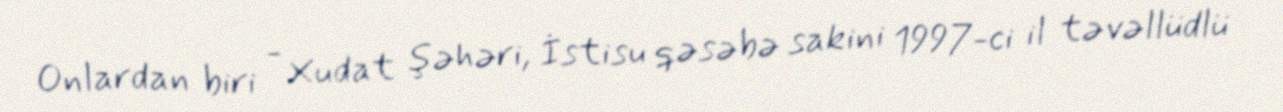
Onlardan biri - Xudat şəhəri, İstisu qəsəbə sakini 1997-ci il təvəllüdlü